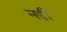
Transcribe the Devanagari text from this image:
नद्दी